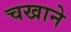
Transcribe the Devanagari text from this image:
चखाने